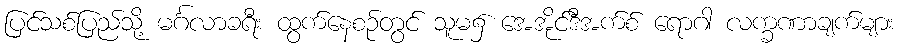
ပြင်သစ်ပြည်သို့ မင်္ဂလာခရီး ထွက်နေစဉ်တွင် သူမ၌ အေအိုင်ဒီအက်စ် ရောဂါ လက္ခဏာချက်များ